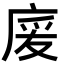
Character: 𢉏